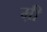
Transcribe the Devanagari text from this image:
म़ी